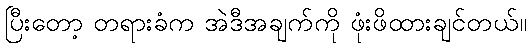
ပြီးတော့ တရားခံက အဲဒီအချက်ကို ဖုံးဖိထားချင်တယ်။